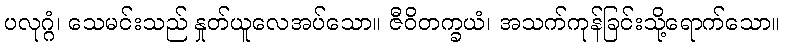
ပလုဂ္ဂံ၊ သေမင်းသည် နှုတ်ယူလေအပ်သော။ ဇီဝိတက္ခယံ၊ အသက်ကုန်ခြင်းသို့ရောက်သော။